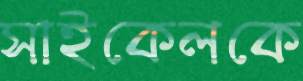
সাইকেলকে